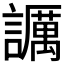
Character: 𧭡